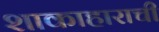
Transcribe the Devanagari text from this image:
शाकाहाराची